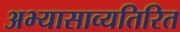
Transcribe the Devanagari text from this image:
अभ्यासाव्यतिरित